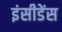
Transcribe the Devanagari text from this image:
इंसीडेंस